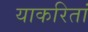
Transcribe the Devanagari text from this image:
याकरितां